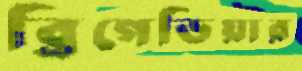
ব্রিগেডিয়ার